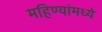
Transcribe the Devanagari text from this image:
महिण्यांमध्ये